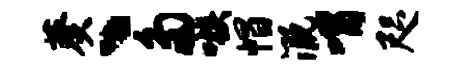
葵丶多嗾帽溉喟咫